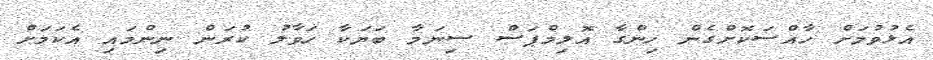
އެޅުވުމަށް ހާއްސަކޮށްގެން ހިންގާ އޮލިމްޕަސް ސިނަމާ ބަޔަކާ ހަވާލު ކުރަން ނިންމައި އެކަމަށް